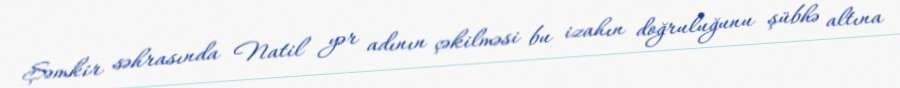
Şəmkir səhrasında Natil yər adının çəkilməsi bu izahın doğruluğunu şübhə altına